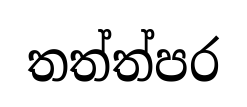
තත්ත්පර